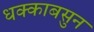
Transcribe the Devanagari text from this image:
धक्काबसुन